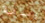
وسامة